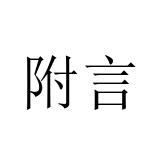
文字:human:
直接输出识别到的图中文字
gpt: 附言